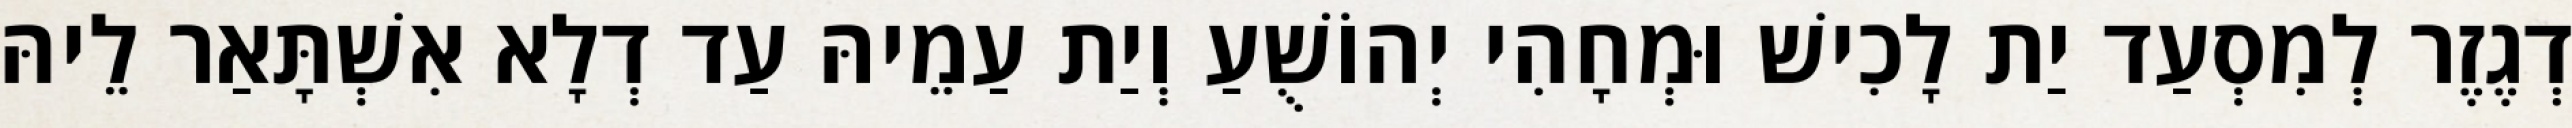
דְגֶזֶר לְמִסְעַד יַת לָכִישׁ וּמְחָהִי יְהוֹשֻׁעַ וְיַת עַמֵיהּ עַד דְלָא אִשְׁתָּאַר לֵיהּ